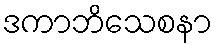
ဒကာဘိသေစနာ